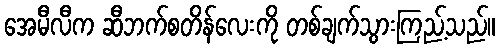
အေမီလီက ဆီဘက်စတိန်လေးကို တစ်ချက်သွားကြည့်သည်။